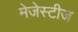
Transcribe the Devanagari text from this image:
मेजेस्टीज